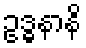
ဥဒ္ဓနာနိ